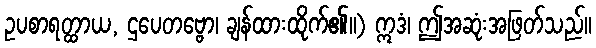
ဥပစာရတ္ထာယ, ဌပေတဗ္ဗော၊ ချန်ထားထိုက်၏။) ဣဒံ၊ ဤအဆုံးအဖြတ်သည်။